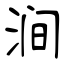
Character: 涧